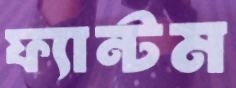
ফ্যান্টম